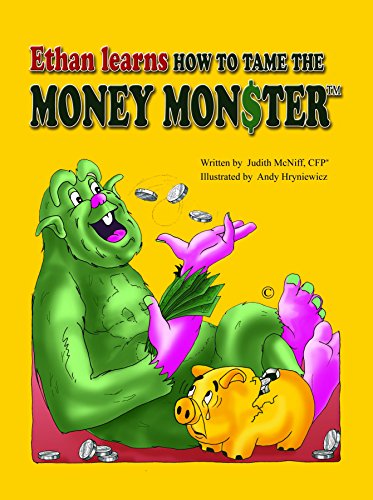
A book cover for Ethan Learns How to Tame the Money Monster; Judith McNiff; Children's Books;